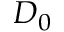
D _ { 0 }